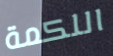
اللكمة